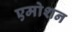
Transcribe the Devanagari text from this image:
एमोशन